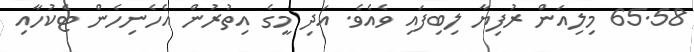
65.58 މިލިއަން ރުފިޔާ ލިބިފައި ވެއެވެ. އަދި މީގެ އިތުރުން އެހެނިހެން ޓެކުހާއި